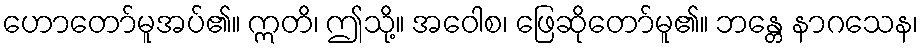
ဟောတော်မူအပ်၏။ ဣတိ၊ ဤသို့။ အဝေါစ၊ ဖြေဆိုတော်မူ၏။ ဘန္တေ နာဂသေန၊